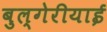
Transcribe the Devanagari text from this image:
बुल्गेरीयाई